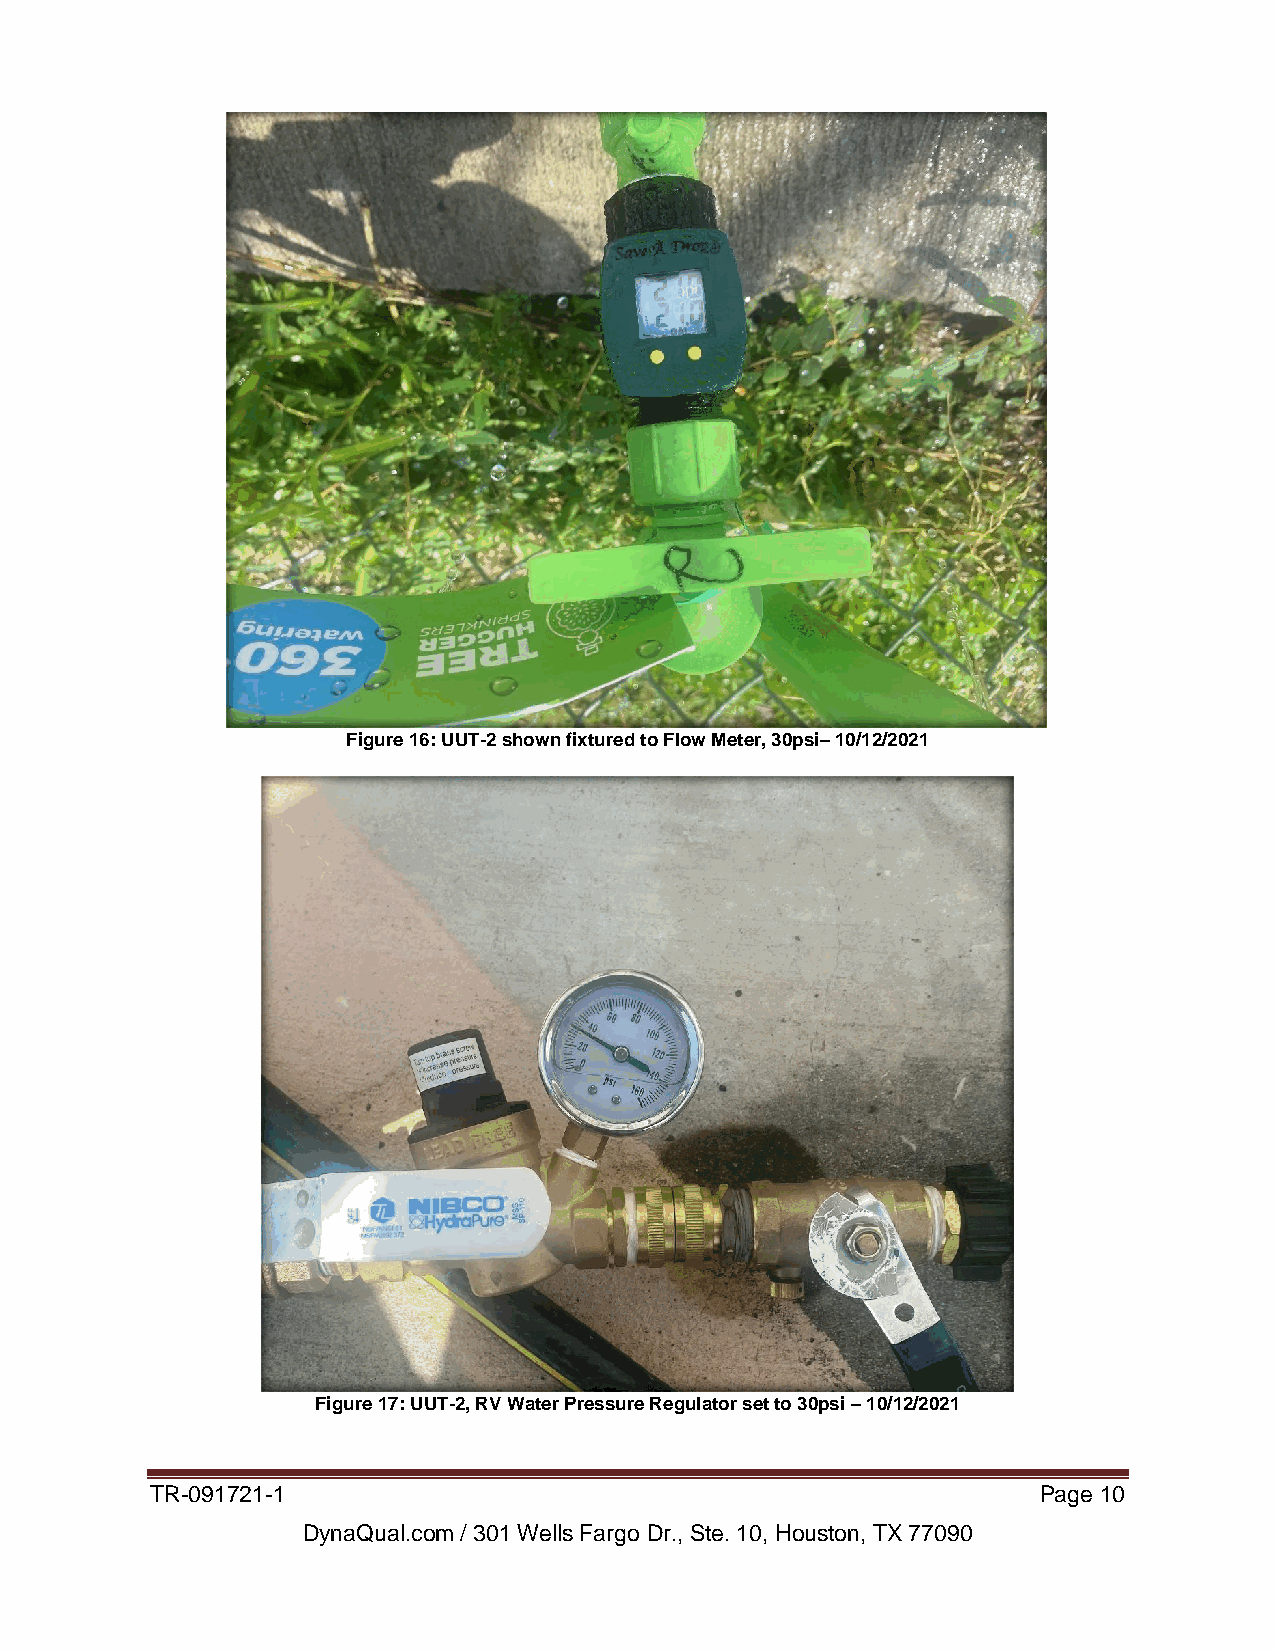
Figure 16: UUT-2 shown fixtured to Flow Meter, 30psi– 10/12/2021
 Figure 17: UUT-2, RV Water Pressure Regulator set to 30psi – 10/12/2021
 TR-091721-1                                                Page 10
 DynaQual.com / 301 Wells Fargo Dr., Ste. 10, Houston, TX 77090